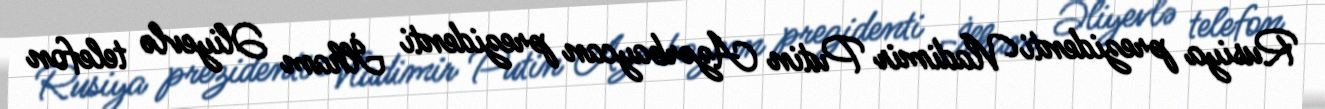
Rusiya prezidenti Vladimir Putin Azərbaycan prezidenti İlham Əliyevlə telefon